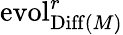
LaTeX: \operatorname{evol}_{\operatorname{Diff}(M)}^{r}